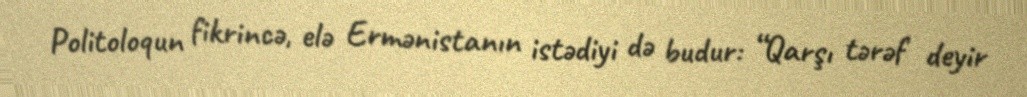
Politoloqun fikrincə, elə Ermənistanın istədiyi də budur: “Qarşı tərəf deyir